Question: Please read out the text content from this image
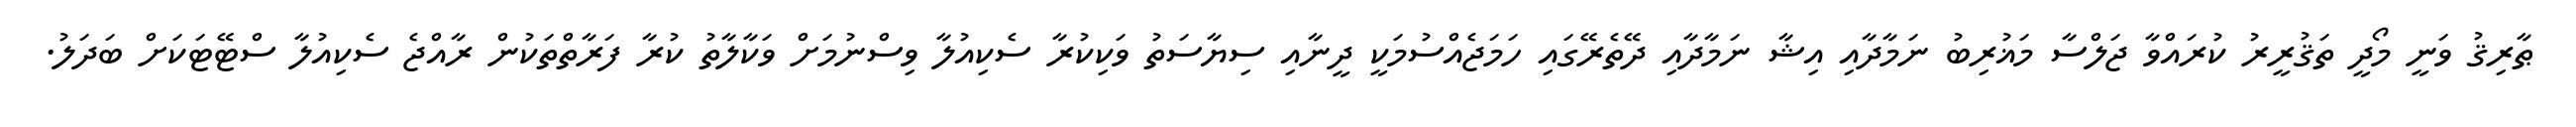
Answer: ޠާރިޤު ވަނީ މޯދީ ތަޤުރީރު ކުރައްވާ ޖަލްސާ މަޣުރިބު ނަމާދާއި އިޝާ ނަމާދާއި ދޭތެރޭގައި ހަމަޖެއްސުމަކީ ދީނާއި ސިޔާސަތު ވަކިކުރާ ސެކިއުލާ ވިސްނުމަށް ވަކާލާތު ކުރާ ފަރާތްތަކުން ރާއްޖެ ސެކިއުލާ ސްޓޭޓަކަށް ބަދަލު.